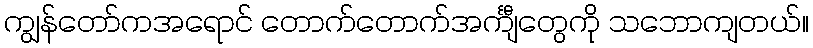
ကျွန်တော်ကအရောင် တောက်တောက်အင်္ကျီတွေကို သဘောကျတယ်။